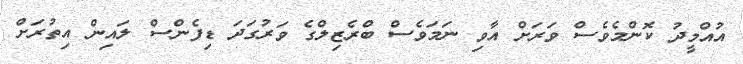
އުއްމީދު ކޮންމެވެސް ވަރަށް އާވި ނަމަވެސް ބްރެޒިލްގެ ވަރުގަދަ ޑިފެންސް ލައިން އިތުރަށް